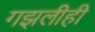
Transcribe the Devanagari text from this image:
गझलीही